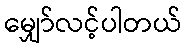
မျှော်လင့်ပါတယ်